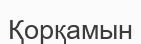
Қорқамын